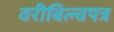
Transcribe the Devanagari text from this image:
वरीबिल्वपत्र